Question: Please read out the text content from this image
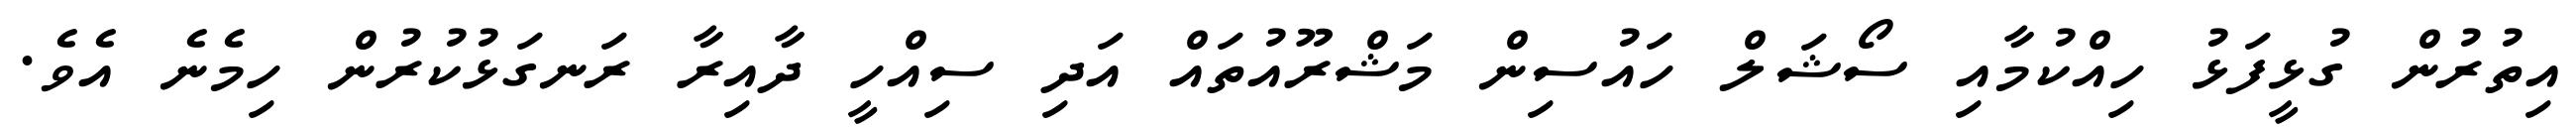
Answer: އިތުރުން ގުޅީފަޅު ހިއްކުމާއި ސޯޝަލް ހައުސިން މަޝްރޫއުތައް އަދި ސިއްހީ ދާއިރާ ރަނގަޅުކުރުން ހިމެނެ އެވެ.